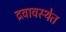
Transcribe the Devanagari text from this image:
द्रवावस्थेत